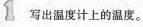
1写出温度计上的温度。